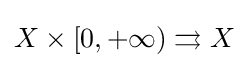
X\times [0,+\infty )\rightrightarrows X